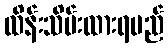
ထိန်းသိမ်းထားရမည်